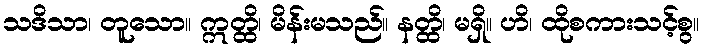
သဒိသာ၊ တူသော။ ဣတ္ထိ၊ မိန်းမသည်။ နတ္ထိ၊ မရှိ။ ဟိ၊ ထိုစကားသင့်စွ။